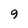
Character: 9